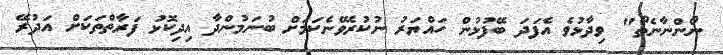
ނޯންނާނެތޯ" ވިދާޅުވެ އެފަދަ ބޭފުޅުން ހައްޔަރު ނުކުރެވޭނެކަމަށް ބުނަމުންދާ އިދިކޮޅު ފަރާތްތަކަށް އަދުރޭ